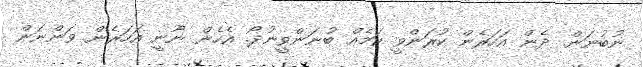
ނުބުނަން. ދެން އަހަރެން ކުރަންވީ ކަމެއް ބުނަންވީނުދޯ. އެހެން ނޫނީ އަހަރެން ވަންނަން